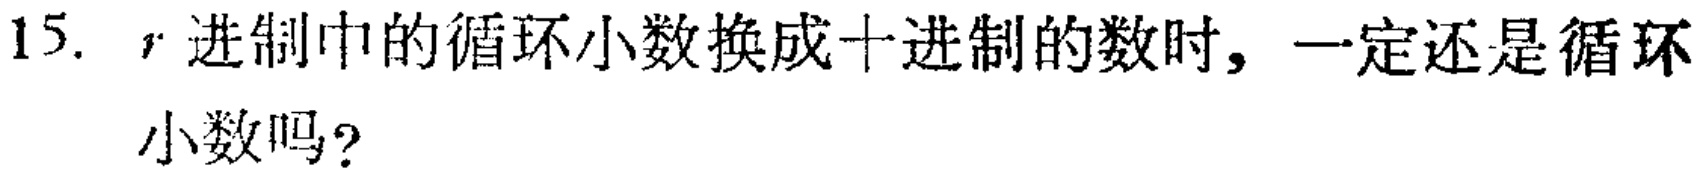
15. \(r\) 进制中的循环小数换成十进制的数时，一定还是循环小数吗？